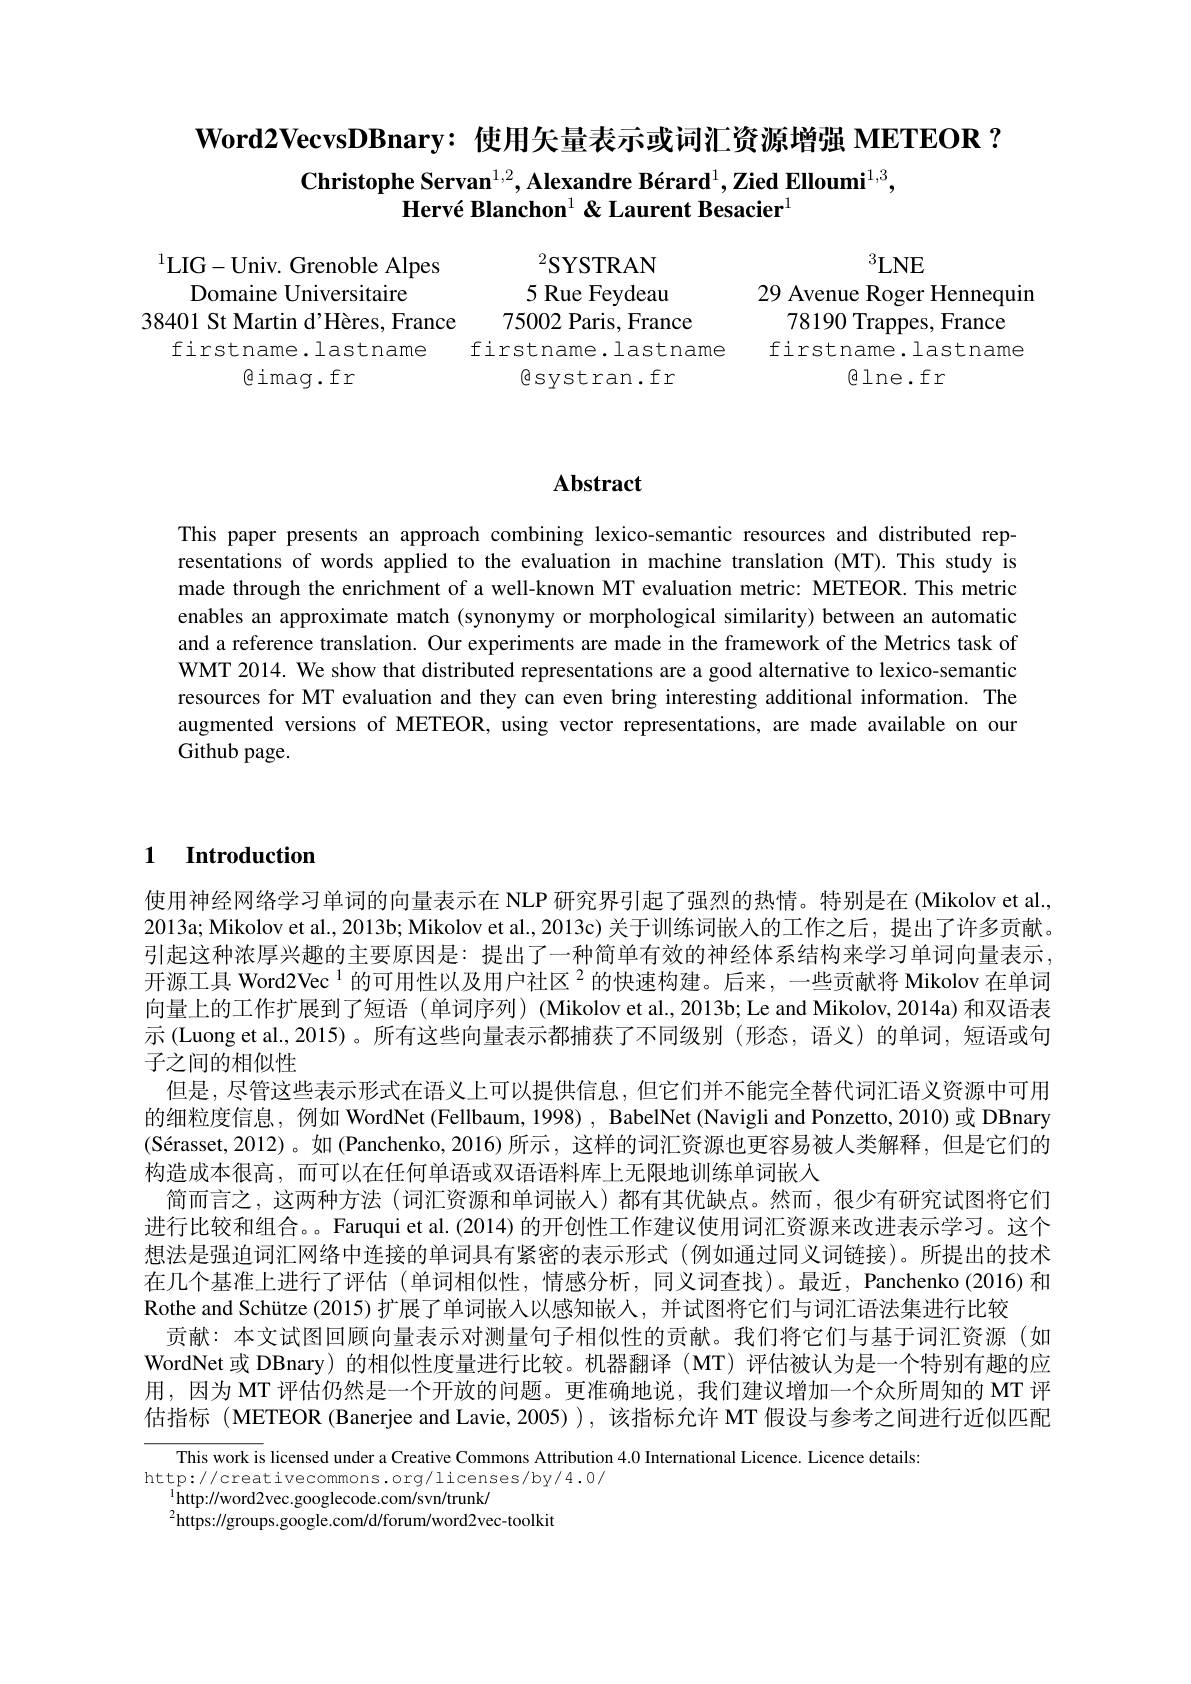
$\textbf{Word}2\textbf{VecvsDBnary: 使 用 矢 量 表 示 或 词 汇 资 源 增 强 METEOR }?$
$\textbf{Christophe Servan}^{1,2},\textbf{Alexandre B\'{e}rard}^1,\textbf{ZiedElloumi}^{1,3}$,
Hervé Blanchon$^{1}$ & Laurent Besacier$^{1}$

$\begin{aligned}\text{LIG-Univ. Grenoble Alpes}&&^{2}\text{SYSTRAN}\\\text{Domaine Universitaire}&&5\text{ Rue Feydeau}&&\text{29 Avenue Roger Hennequin}\\\text{38401 St Martin d'Hères, France}&&75002\text{ Paris, France}&&78190\text{ Trappes, France}\end{aligned}$
firstname.lastname firstname.lastname firstname.lastname
$\textcircled{1}$ne.fr

$\textcircled{\mathrm{dimag}}.{\mathrm{fr}}$

$\textcircled{\mathrm{esystran.fr}}$

# Abstract

This paper presents an approach combining lexico-semantic resources and distributed representations of words applied to the evaluation in machine translation (MT).This study is made through the enrichment of a well-known MT evaluation metric: METEOR. This metric enables an approximate match (synonymy or morphological similarity) between an automatic and a reference translation. Our experiments are made in the framework of the Metrics task of WMT 2014. We show that distributed representations are a good alternative to lexico-semantic resources for MT evaluation and they can even bring interesting additional information. The augmented versions of METEOR, using vector representations, are made available on our Github page.

# 1 Introduction

使用神经网络学习单词的向量表示在 NLP 研究界引起了强烈的热情。特别是在 (Mikolov et al., 2013a; Mikolov et al., 2013b; Mikolov et al., 2013c) 关于训练词嵌入的工作之后，提出了许多贡献。引起这种浓厚兴趣的主要原因是：提出了一种简单有效的神经体系结构来学习单词向量表示， 开源工具 Word2Vec$^{1}$的可用性以及用户社区$^{2}$的快速构建。后来，一些贡献将 Mikolov 在单词向量上的工作扩展到了短语 (单词序列) (Mikolov et al., 2013b; Le and Mikolov, 2014a) 和双语表示 (Luong et al.,2015)。所有这些向量表示都捕获了不同级别(形态，语义)的单词，短语或句子之间的相似性
但是，尽管这些表示形式在语义上可以提供信息，但它们并不能完全替代词汇语义资源中可用的细粒度信息，例如 WordNet (Fellbaum, 1998) , BabelNet (Navigli and Ponzetto, 2010) 或 DBnary $( \text{S\' {e}rasset, 2012) 。如 ( Panchenko, 2016) 所 示 , 这 样 的 词 汇 资 源 也 更 容 易 被 人 类 解 释 , 但 是 它 们 的 }$ 构造成本很高，而可以在任何单语或双语语料库上无限地训练单词嵌入
简而言之，这两种方法(词汇资源和单词嵌人)都有其优缺点。然而，很少有研究试图将它们进行比较和组合。。Faruqui et al. (2014) 的开创性工作建议使用词汇资源来改进表示学习。这个想法是强迫词汇网络中连接的单词具有紧密的表示形式 (例如通过同义词链接)。所提出的技术在几个基准上进行了评估 (单词相似性，情感分析，同义词查找)。最近，Panchenko(2016)和Rothe and Schütze (2015) 扩展了单词嵌人以感知嵌人，并试图将它们与词汇语法集进行比较
贡献：本文试图回顾向量表示对测量句子相似性的贡献。我们将它们与基于词汇资源(如WordNet 或 DBnary) 的相似性度量进行比较。机器翻译 (MT) 评估被认为是一个特别有趣的应用，因为 MT 评估仍然是一个开放的问题。更准确地说，我们建议增加一个众所周知的 MT 评估指标 (METEOR (Banerjee and Lavie, 2005) ), 该指标允许 MT 假设与参考之间进行近似匹配

This work is licensed under a Creative Commons Attribution 4.0 International Licence. Licence details
http://creativecommons.org/licenses/by/4.0/
$^{1}$http://word2vec.googlecode.com/svn/trunk/
$^{2}$https://groups.google.com/d/forum/word2vec-toolkit